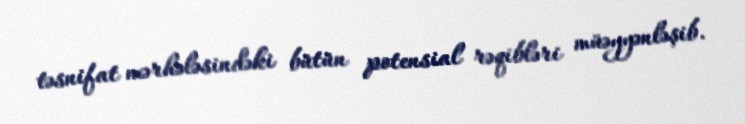
təsnifat mərhələsindəki bütün potensial rəqibləri müəyyənləşib.